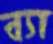
ব্যা